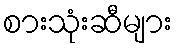
စားသုံးဆီများ